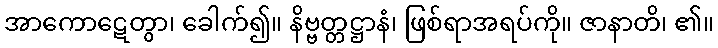
အာကောဋေတွာ၊ ခေါက်၍။ နိဗ္ဗတ္တဋ္ဌာနံ၊ ဖြစ်ရာအရပ်ကို။ ဇာနာတိ၊ ၏။